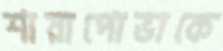
শারাপোভাকে